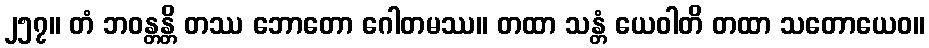
၂၅၇။ တံ ဘဝန္တန္တိ တဿ ဘောတော ဂေါတမဿ။ တထာ သန္တံ ယေဝါတိ တထာ သတောယေဝ။